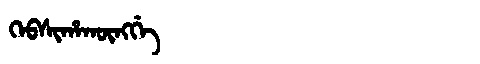
Manchu: ᡴᡝᠪᠰᡳᡥᠠᡴᡡᠩᡤᡝ
Romanization: KEBSIHAKŪNGGE